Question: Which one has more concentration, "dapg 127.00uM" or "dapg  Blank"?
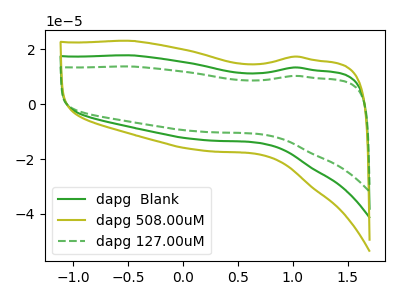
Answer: <think>The green curve "dapg  Blank" has no peaks. The olive curve "dapg 508.00uM" has no peaks. The green dashed curve "dapg 127.00uM" has no peaks.
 Neither "dapg 127.00uM" or "dapg  Blank" have any peaks.</think>
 <answer>I cant tell if "dapg 127.00uM" or "dapg  Blank" has higher concentration.</answer>
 <eval>mixed_concentration</eval>